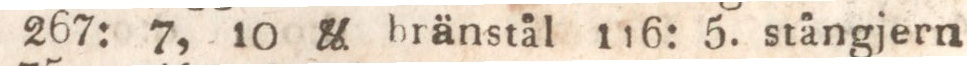
267: 7, 10 & bränstål 116: 5. stångjern